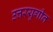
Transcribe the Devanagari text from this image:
उत्तरयुगीन